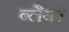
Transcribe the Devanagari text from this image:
ब्लैयर